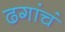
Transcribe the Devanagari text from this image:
ढगांचं